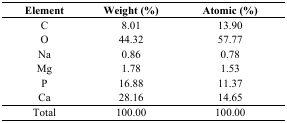
<table><thead><tr><td><b>Element</b></td><td><b>Weight (%)</b></td><td><b>Atomic (%)</b></td></tr></thead><tbody><tr><td>C</td><td>8.01</td><td>13.90</td></tr><tr><td>O</td><td>44.32</td><td>57.77</td></tr><tr><td>Na</td><td>0.86</td><td>0.78</td></tr><tr><td>Mg</td><td>1.78</td><td>1.53</td></tr><tr><td>P</td><td>16.88</td><td>11.37</td></tr><tr><td>Ca</td><td>28.16</td><td>14.65</td></tr><tr><td>Total</td><td>100.00</td><td>100.00</td></tr></tbody></table>